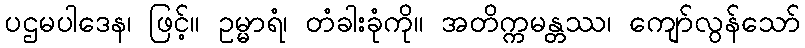
ပဌမပါဒေန၊ ဖြင့်။ ဥမ္မာရံ၊ တံခါးခုံကို။ အတိက္ကမန္တဿ၊ ကျော်လွန်သော်